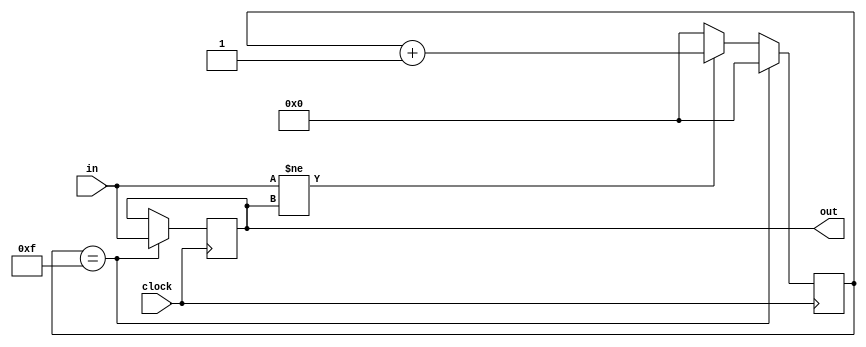
module debounce (
    input wire clock,
    input wire in,
    output reg out
    );
    
    reg [15:0] counter;

    initial begin
        counter = 0;
        out = 0;
    end
    
    always @(posedge clock) begin
        counter <= 0;

        if (counter == 15) begin
            out <= in;
        end
        else if (in != out) begin
            counter <= counter + 1;
        end
    end
endmodule